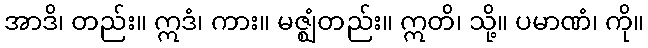
အာဒိ၊ တည်း။ ဣဒံ၊ ကား။ မဇ္ဈံတည်း။ ဣတိ၊ သို့။ ပမာဏံ၊ ကို။